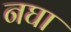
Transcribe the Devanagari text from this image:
नघा